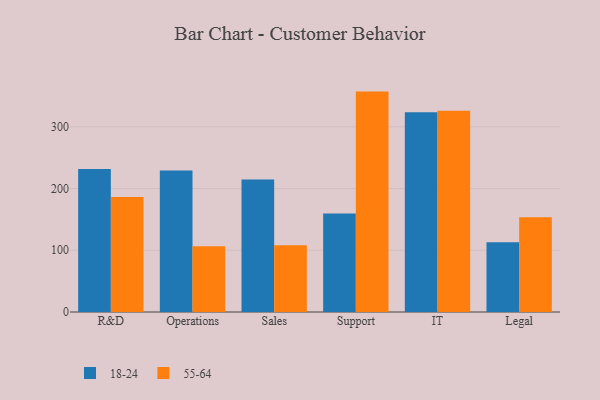
{"axis": {"x": "Department", "y": "Shipments"}, "legend": ["18-24", "55-64"], "data": [{"x": "R&D", "y": 231.6, "type": "18-24"}, {"x": "R&D", "y": 186.3, "type": "55-64"}, {"x": "Operations", "y": 229.2, "type": "18-24"}, {"x": "Operations", "y": 106.4, "type": "55-64"}, {"x": "Sales", "y": 214.7, "type": "18-24"}, {"x": "Sales", "y": 108.1, "type": "55-64"}, {"x": "Support", "y": 159.4, "type": "18-24"}, {"x": "Support", "y": 357.0, "type": "55-64"}, {"x": "IT", "y": 323.5, "type": "18-24"}, {"x": "IT", "y": 326.1, "type": "55-64"}, {"x": "Legal", "y": 113.1, "type": "18-24"}, {"x": "Legal", "y": 153.3, "type": "55-64"}]}